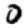
Digit: 0